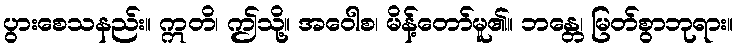
ပွားစေသနည်း။ ဣတိ၊ ဤသို့။ အဝေါစ၊ မိန့်တော်မူ၏။ ဘန္တေ၊ မြတ်စွာဘုရား။